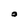
Character: 0